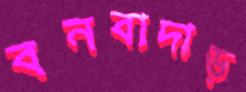
বনবাদাড়